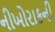
નીખોરાકની